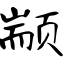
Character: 颛